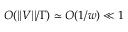
O ( | | V | | / \Gamma ) \simeq O ( 1 / w ) \ll 1